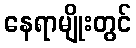
နေရာမျိုးတွင်